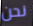
نحن